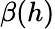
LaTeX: \beta(h)